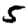
Digit: 5